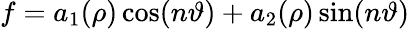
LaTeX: f=a_{1}(\rho)\cos(n\vartheta)+a_{2}(\rho)\sin(n\vartheta)